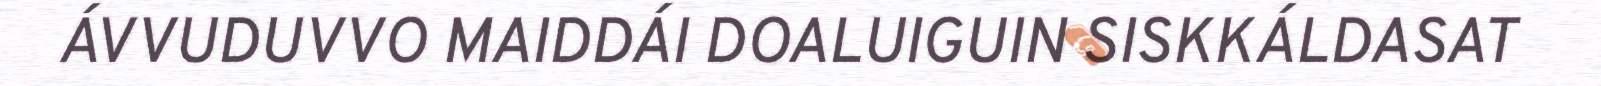
ÁVVUDUVVO MAIDDÁI DOALUIGUIN SISKKÁLDASAT